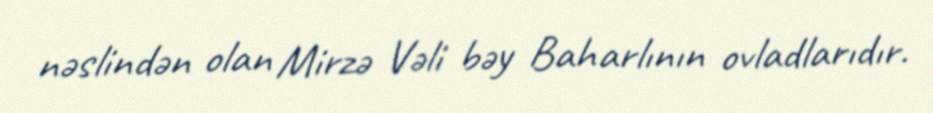
nəslindən olan Mirzə Vəli bəy Baharlının ovladlarıdır.